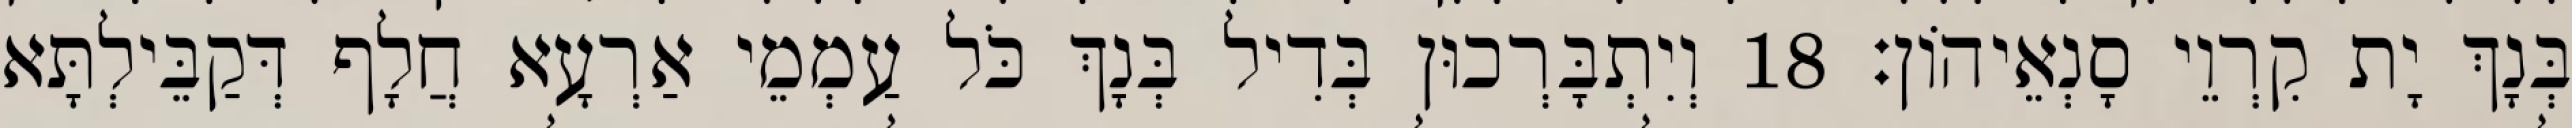
בְּנָךְ יָת קִרְוֵי סָנְאֵיהוֹן׃ 18 וְיִתְבָּרְכוּן בְּדִיל בְּנָךְ כֹּל עַמְמֵי אַרְעָא חֲלָף דְּקַבֵּילְתָּא